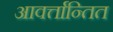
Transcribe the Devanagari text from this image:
आवर्त्तान्तित